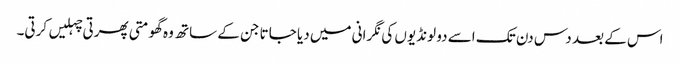
اس کے بعد دس دن تک اسے دو لونڈیوں کی نگرانی میں دیا جاتا جن کے ساتھ وہ گھومتی پھرتی چہلیں کرتی۔